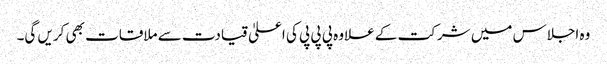
وہ اجلاس میں شرکت کے علاوہ پی پی پی کی اعلیٰ قیادت سے ملاقات بھی کریں گی۔